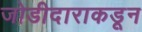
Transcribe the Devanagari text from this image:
जोडीदाराकडून